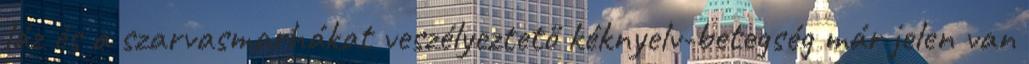
láz és a szarvasmarhákat veszélyeztető kéknyelv-betegség már jelen van